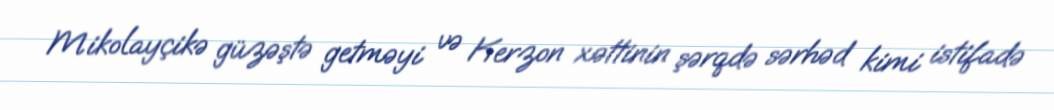
Mikolayçikə güzəştə getməyi və Kerzon xəttinin şərqdə sərhəd kimi istifadə